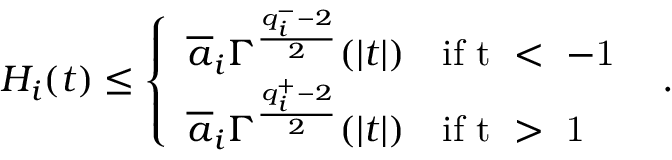
H _ { i } ( t ) \leq \left\{ \begin{array} { l } { \displaystyle \overline { { a } } _ { i } \Gamma ^ { \frac { q _ { i } ^ { - } - 2 } { 2 } } ( | t | ) \quad \mathrm { i f ~ t ~ < ~ - 1 ~ } } \\ { \displaystyle \overline { { a } } _ { i } \Gamma ^ { \frac { q _ { i } ^ { + } - 2 } { 2 } } ( | t | ) \quad \mathrm { i f ~ t ~ > ~ 1 ~ } } \end{array} \right. \, .